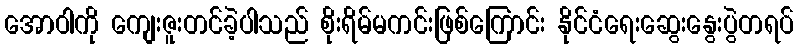
အောဝါကို ကျေးဇူးတင်ခဲ့ပါသည် စိုးရိမ်မကင်းဖြစ်ကြောင်း နိုင်ငံရေးဆွေးနွေးပွဲတရပ်